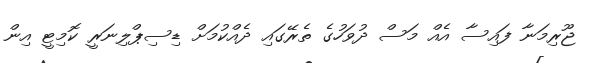
ޖޫރިމަނާ ފައިސާ އެއް މަސް ދުވަހުގެ ތެރޭގައި ދެއްކުމަށް ޑިސިޕްލިނަރީ ކޮމިޓީ އިން